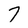
Character: 7